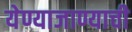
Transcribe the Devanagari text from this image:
येण्याजाण्याची